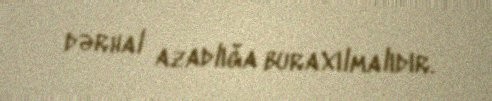
dərhal azadlığa buraxılmalıdır.